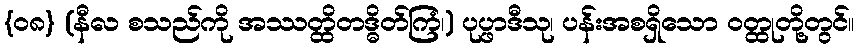
{၀၈} (နီလ စသည်ကို အဿတ္ထိတဒ္ဓိတ်ကြံ၊) ပုပ္ဖာဒီသု၊ ပန်းအစရှိသော ဝတ္ထုတို့တွင်။